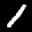
Label: 1